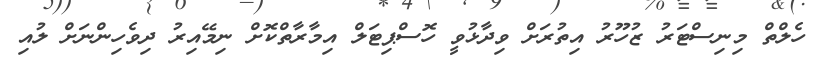
ހެލްތް މިނިސްޓަރު ޒުހޫރު އިތުރަށް ވިދާޅުވީ ހޮސްޕިޓަލް އިމާރާތްކޮށް ނިމޭއިރު ދިވެހިންނަށް ލުއި